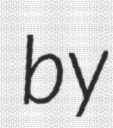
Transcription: by